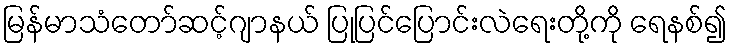
မြန်မာသံတော်ဆင့်ဂျာနယ် ပြုပြင်ပြောင်းလဲရေးတို့ကို ရေနစ်၍